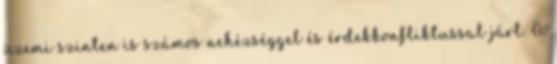
üzemi szinten is számos nehézséggel és érdekkonfliktussal járt. A